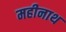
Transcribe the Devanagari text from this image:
महीनाथ